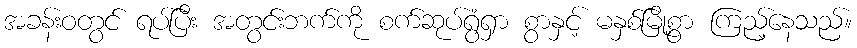
အခန်းဝတွင် ရပ်ပြီး အတွင်းဘက်ကို စက်ဆုပ်ရွံရှာ စွာနှင့် မနှစ်မြို့စွာ ကြည့်နေသည်။